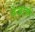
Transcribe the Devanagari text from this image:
नेजामी